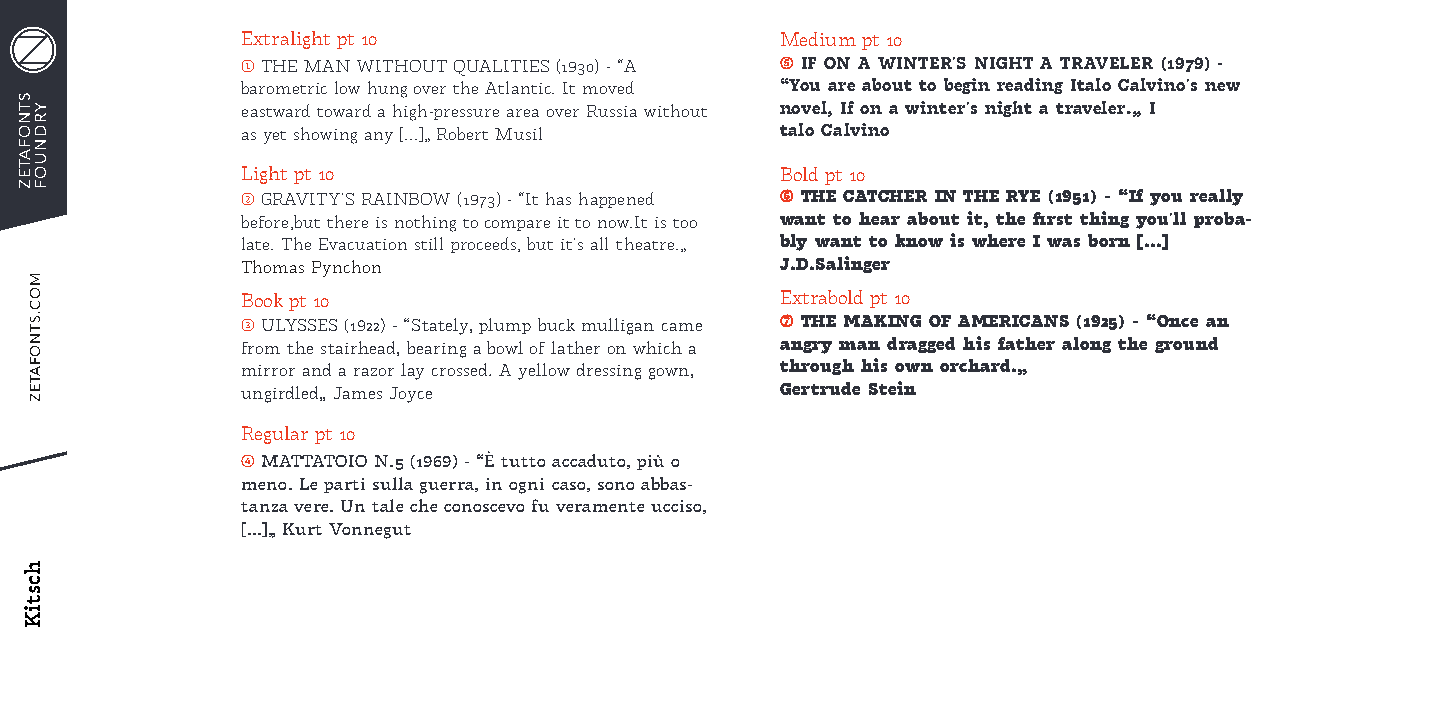
Extralight pt 10                    Medium pt 10
 1 THE MAN WITHOUT QUALITIES (1930) - “A 5 IF ON A WINTER'S NIGHT A TRAVELER (1979) -
 barometric low hung over the Atlantic. It moved “You are about to begin reading Italo Calvino's new
 eastward toward a high-pressure area over Russia without novel, If on a winter's night a traveler.„ I
 as yet showing any [...]„ Robert Musil talo Calvino
 Light pt 10                         Bold pt 10
 2 GRAVITY'S RAINBOW (1973) - “It has happened 6 THE CATCHER IN THE RYE (1951) - “If you really
 before,but there is nothing to compare it to now.It is too want to hear about it, the first thing you'll proba-
 late. The Evacuation still proceeds, but it's all theatre.„ bly want to know is where I was born [...]
 Thomas Pynchon                      J.D.Salinger
 Book pt 10                          Extrabold pt 10
 3 ULYSSES (1922) - “Stately, plump buck mulligan came 7 THE MAKING OF AMERICANS (1925) - “Once an
 from the stairhead, bearing a bowl of lather on which a angry man dragged his father along the ground
 mirror and a razor lay crossed. A yellow dressing gown, through his own orchard.„
 ungirdled„ James Joyce              Gertrude Stein
 Regular pt 10
 4 MATTATOIO N.5 (1969) - “È tutto accaduto, più o
 meno. Le parti sulla guerra, in ogni caso, sono abbas-
 tanza vere. Un tale che conoscevo fu veramente ucciso,
 [...]„ Kurt Vonnegut
 STNOFATEZ
 YRDNUOF
 MOC.STNOFATEZ
 hcstiK